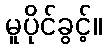
မူပိုင်ခွင့်။